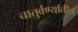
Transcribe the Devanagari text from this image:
चातुर्वर्ण्यातील